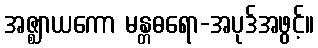
အဇ္ဈာယကော မန္တဓရော-အပုဒ်အဖွင့်။